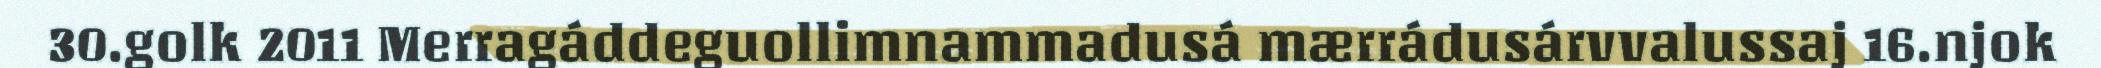
30.golk 2011 Merragáddeguollimnammadusá mærrádusárvvalussaj 16.njok